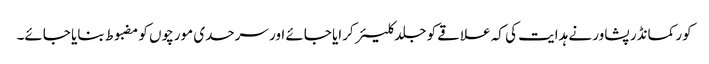
کور کمانڈر پشاور نے ہدایت کی کہ علاقے کو جلد کلیئر کرایا جائے اور سرحدی مورچوں کو مضبوط بنایا جائے۔